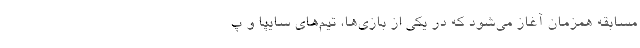
مسابقه همزمان آغاز می‌شود که در یکی از بازی‌ها، تیم‌های سایپا و پ